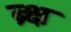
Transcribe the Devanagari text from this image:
ब्र्क्ष